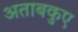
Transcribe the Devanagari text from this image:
अताबकुए